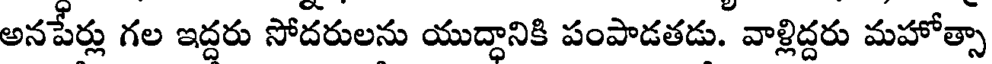
అనపేర్లు గల ఇద్దరు సోదరులను యుద్దానికి పంపాడతడు. వాళ్లిద్దరు మహోత్సా